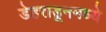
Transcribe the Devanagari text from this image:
डेहराडूनमध्ये